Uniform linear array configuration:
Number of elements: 64
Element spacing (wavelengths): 0.25
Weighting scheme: hann
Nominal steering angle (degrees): -45
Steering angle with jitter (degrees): -44.746
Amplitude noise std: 0.05
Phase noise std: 0.05

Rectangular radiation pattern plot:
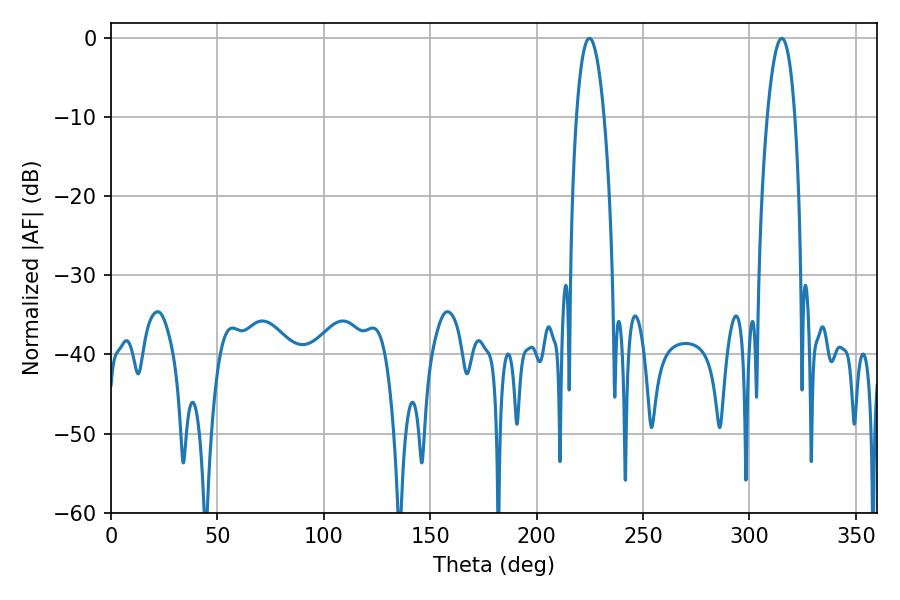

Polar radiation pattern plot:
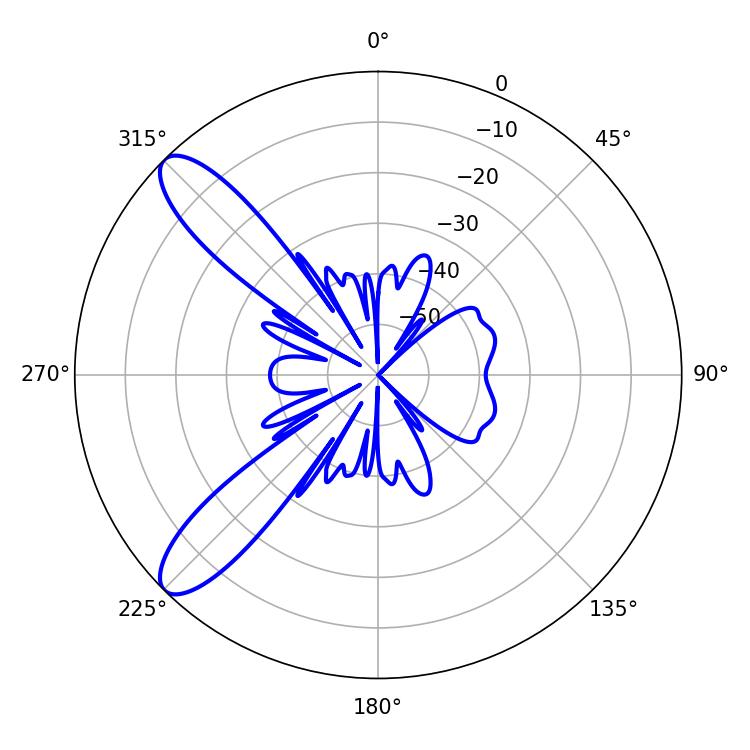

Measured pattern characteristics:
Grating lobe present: FALSE
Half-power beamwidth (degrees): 7.38
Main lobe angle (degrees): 224.82